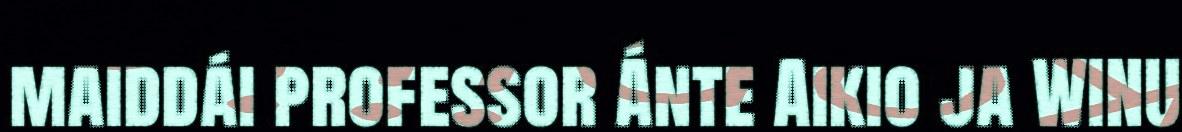
maiddái professor Ánte Aikio ja WINU